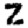
Digit: 2